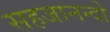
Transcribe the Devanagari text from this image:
सहजानन्दो